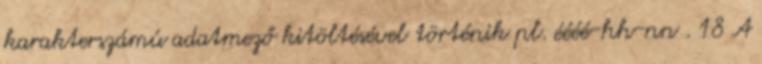
karakterszámú adatmező kitöltésével történik pl. éééé-hh-nn . 18 A